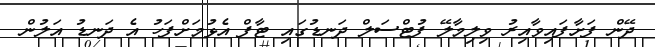
ދޭން ފަށާފައިވާއިރު ވިލިމާލޭ ފުޓްސަލް ދަނޑުގައި ޓާފް އެޅުމަށްފަހު އެ ދަނޑު އަލުން